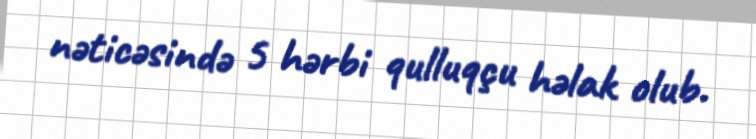
nəticəsində 5 hərbi qulluqçu həlak olub.